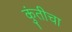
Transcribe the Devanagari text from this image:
कुंतीचा